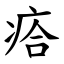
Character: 㾑